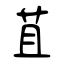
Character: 苴